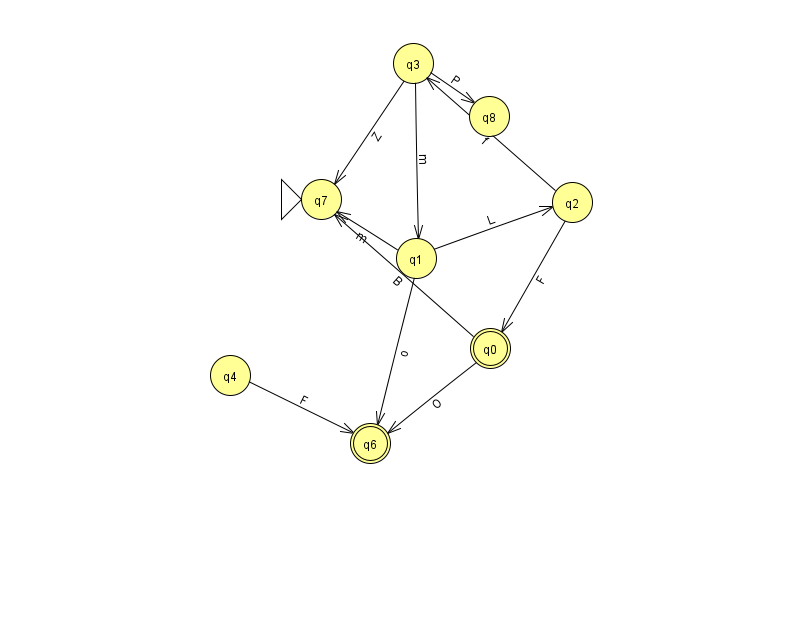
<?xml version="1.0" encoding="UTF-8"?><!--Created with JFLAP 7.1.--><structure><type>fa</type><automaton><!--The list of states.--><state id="0" name="q0"><x>490.0</x><y>335.0</y><final/></state><state id="1" name="q1"><x>416.0</x><y>245.0</y></state><state id="2" name="q2"><x>572.0</x><y>189.0</y></state><state id="3" name="q3"><x>413.0</x><y>50.0</y></state><state id="4" name="q4"><x>230.0</x><y>362.0</y></state><state id="6" name="q6"><x>370.0</x><y>430.0</y><final/></state><state id="7" name="q7"><x>321.0</x><y>186.0</y><initial/></state><state id="8" name="q8"><x>489.0</x><y>103.0</y></state><!--The list of transitions.--><transition><from>0</from><to>7</to><read>B</read></transition><transition><from>3</from><to>8</to><read>P</read></transition><transition><from>2</from><to>0</to><read>F</read></transition><transition><from>2</from><to>3</to><read>f</read></transition><transition><from>1</from><to>2</to><read>L</read></transition><transition><from>3</from><to>1</to><read>m</read></transition><transition><from>4</from><to>6</to><read>F</read></transition><transition><from>0</from><to>6</to><read>O</read></transition><transition><from>1</from><to>6</to><read>o</read></transition><transition><from>1</from><to>7</to><read>m</read></transition><transition><from>3</from><to>7</to><read>Z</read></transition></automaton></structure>